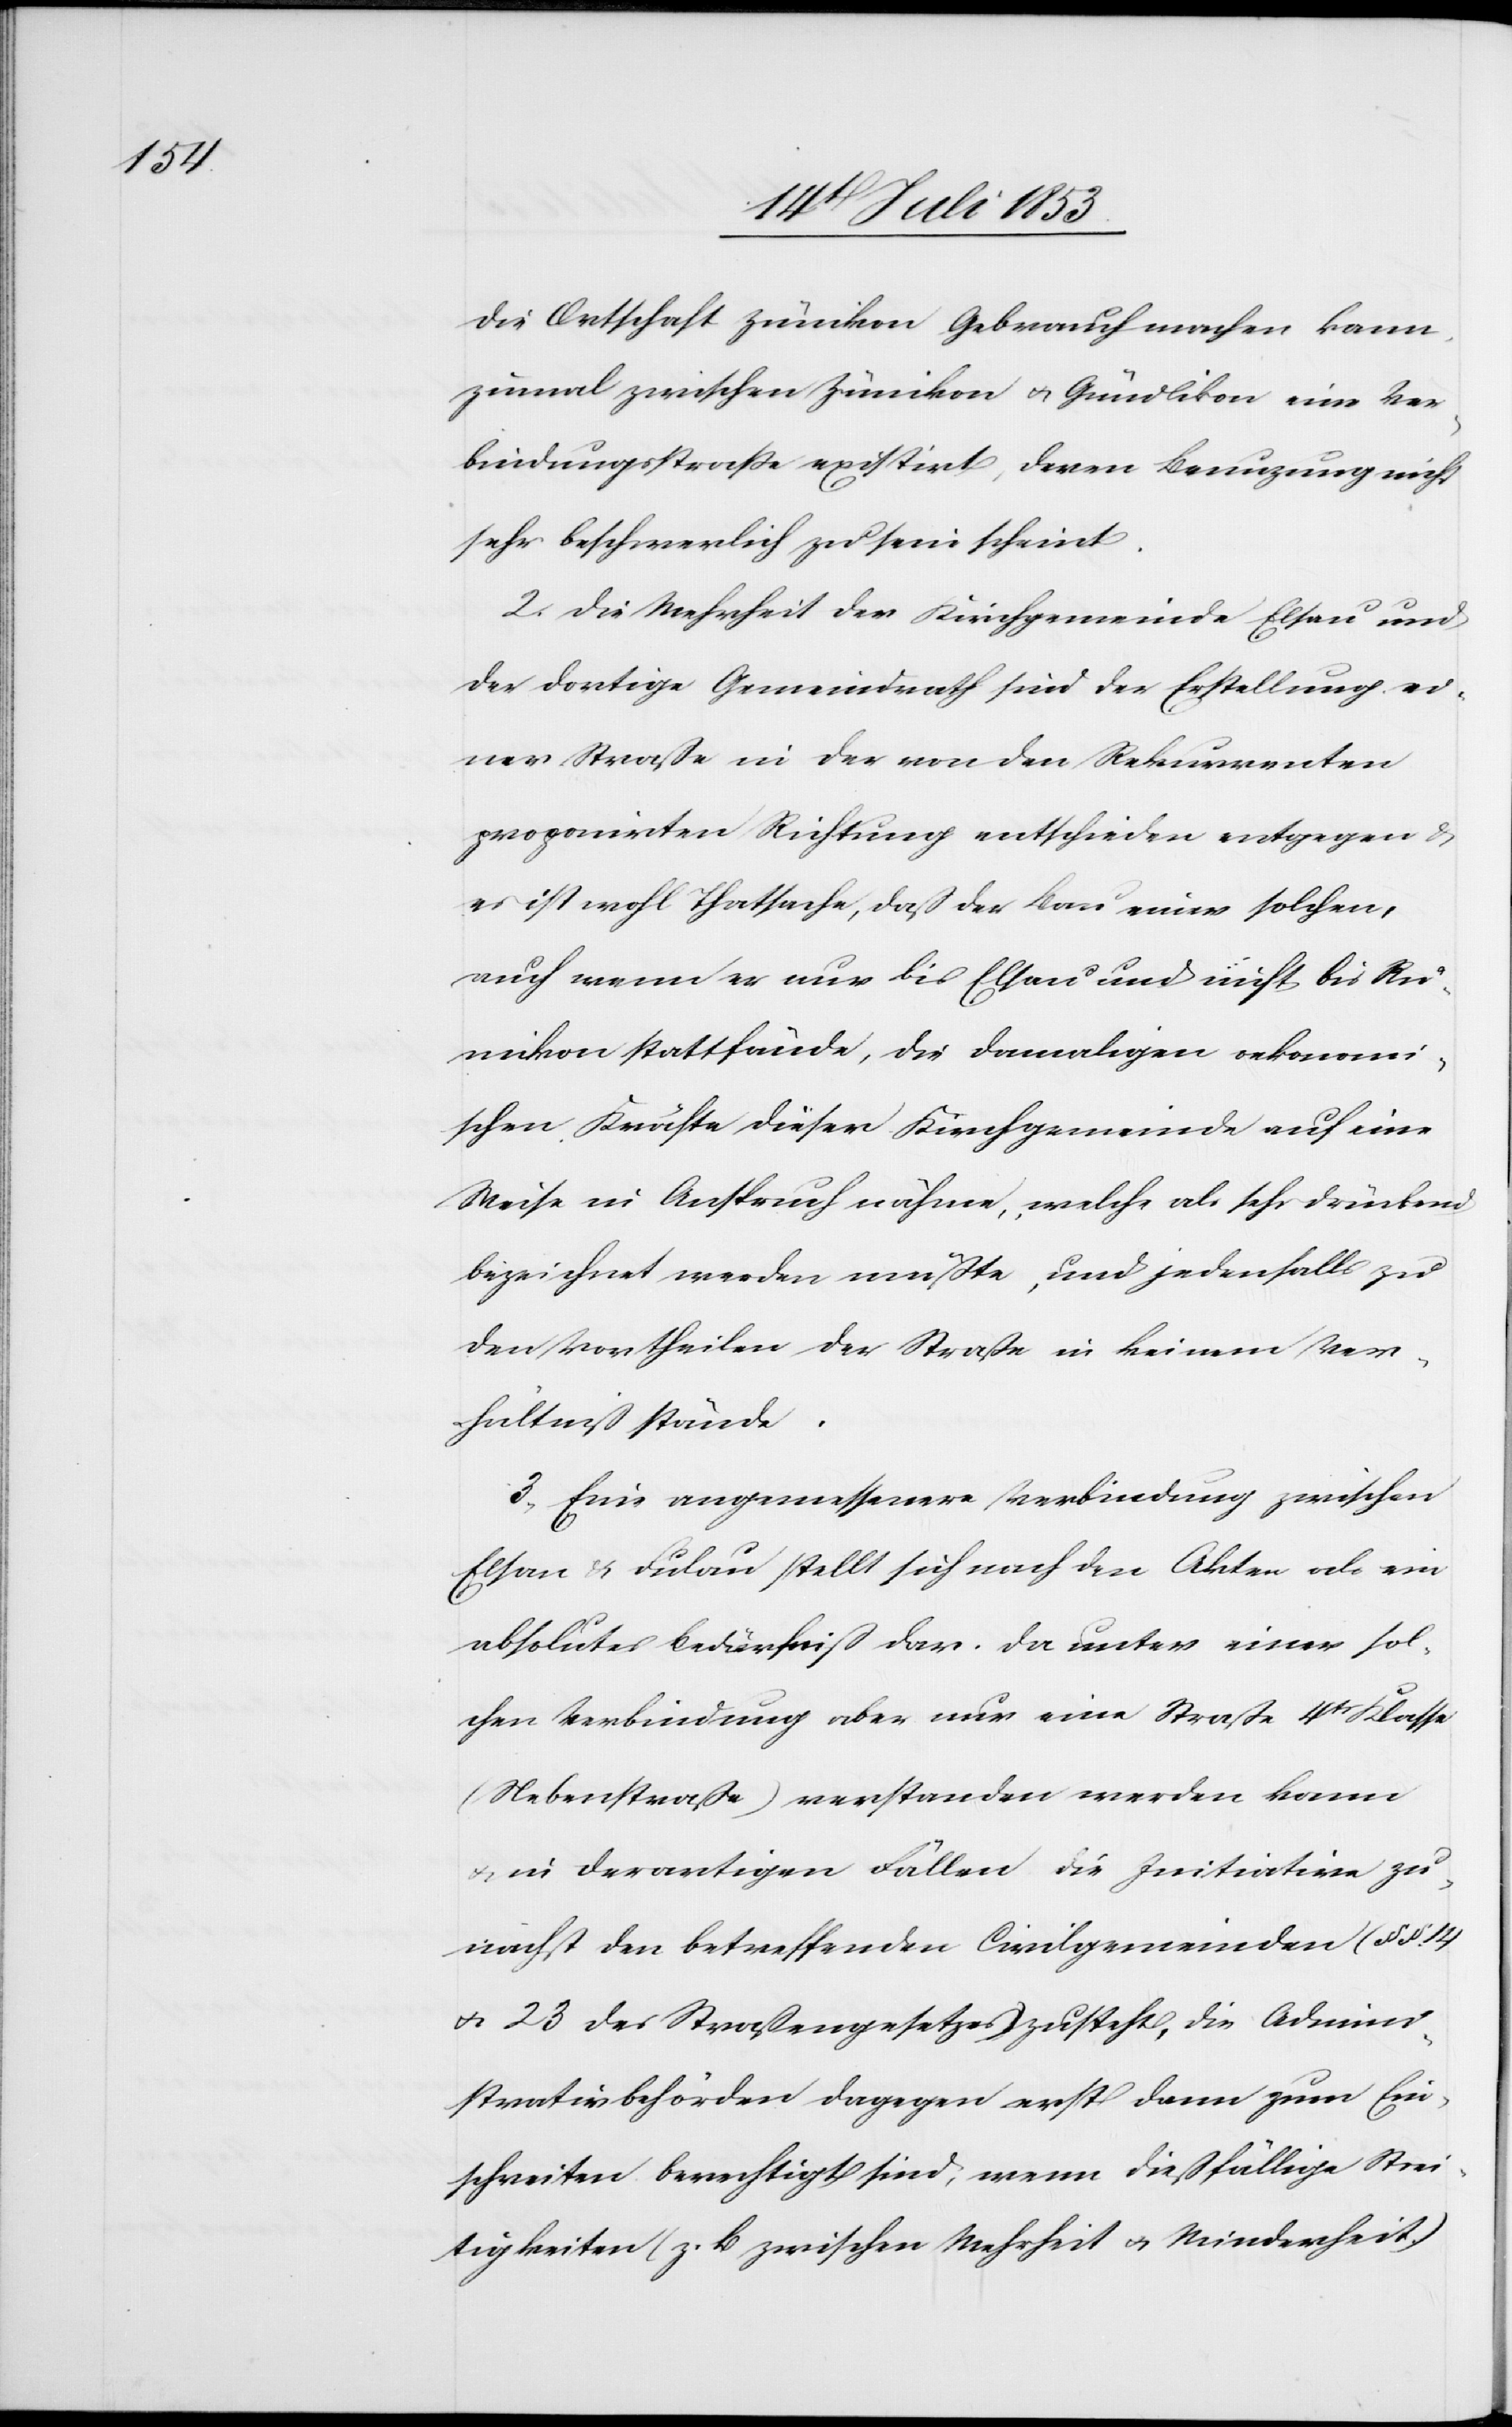
die Ortschaft Zümikon Gebrauch machen kann,
zumal zwischen Zümikon u. Gündlikon eine Ver¬
bindungsstraße existirt, deren Benuzung nicht
sehr beschwerlich zu sein scheint.
2, die Mehrheit der Kirchgemeinde Elsau und
der dortige Gemeindrath sind der Erstellung ei¬
ner Straße in der von den Rekurrenten
proponirten Richtung entschieden entgegen u.
es ist wohl Thatsache, daß der Bau einer solchen,
auch wenn er nur bis Elsau und nicht bis R¬
umikon stattfände, die damaligen oekonomi¬
schen Kräfte dieser Kirchgemeinde auf eine
Weise in Anspruch nähmen, welche als sehr drückend
bezeichnet werden müßte, und jedenfalls zu
den Vortheilen der Straße in keinem Ver¬
hältniß stände.
3, Eine angemessenere Verbindung zwischen
Elsau u. Fulau stellt sich nach den Akten als ein
absolutes Bedürfniß dar. Da unter einer sol¬
chen Verbindung aber nur eine Straße 4tr Klasse
(Nebenstraße) verstanden werden kann
u. in derartigen Fällen die Initiative zu¬
nächst den betreffenden Civilgemeinden (§§ 14
u. 23 des Straßengesetzes) zusteht, die Admini¬
strativbehörden dagegen erst dann zum Ein¬
schreiten berechtigt sind, wenn dießfällige Strei¬
tigkeiten (z. B. zwischen Mehrheit u. Minderheit)